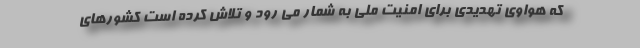
که هواوی تهدیدی برای امنیت ملی به شمار می رود و تلاش کرده است کشورهای